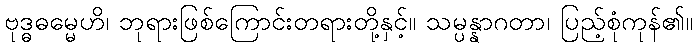
ဗုဒ္ဓဓမ္မေဟိ၊ ဘုရားဖြစ်ကြောင်းတရားတို့နှင့်။ သမ္ပန္နာဂတာ၊ ပြည့်စုံကုန်၏။